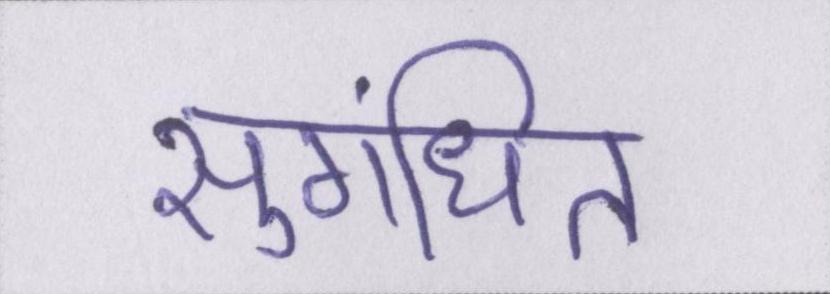
सुगंधित